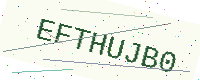
Text: EFTHUJB0